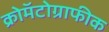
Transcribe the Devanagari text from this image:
क्रोमॅटोग्राफीक